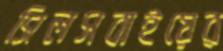
সিলসবাইয়ের